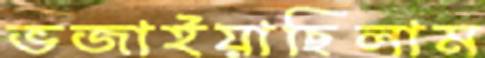
ভজাইয়াছিলাম